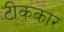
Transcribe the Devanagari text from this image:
टीककार